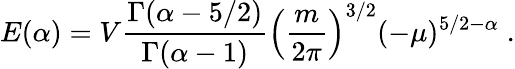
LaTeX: E(\alpha)=V\frac{\Gamma(\alpha-5/2)}{\Gamma(\alpha-1)}\left(\frac{m}{2\pi}\right)^{3/2}(-\mu)^{5/2-\alpha}\; .